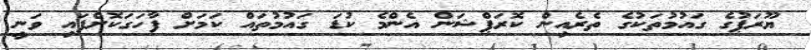
ޔޫރަޕުގެ ގައުމުތަކުގެ ތެރެއިން ކޮރަޕްޝަން އެންމެ ކުޑަ ގައުމުތައް ކަމަށް ފާހަގަކޮށްފައި ވަނީ